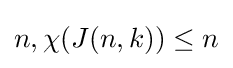
n,\chi (J(n,k))\leq n